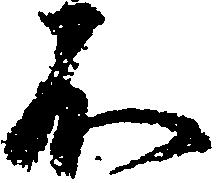
不